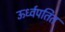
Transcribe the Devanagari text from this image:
ऊर्ध्वपतित